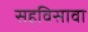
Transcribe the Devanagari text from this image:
सहविसावा